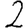
Digit: 2